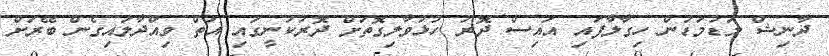
ދާނިޝް މަޑުމަޑުން ހިގާލާފައި އައިސް ދޮރު ހުޅުވާލިގޮތަށް ދޮރުކަނީގައި އަތް ވިއްދާލައިގެން ބޭރަށް